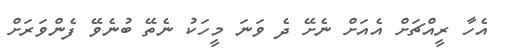
އެހާ ރީއްޗަށް އެއަށް ނެށޭ ދެ ވަނަ މީހަކު ނެތޭ ބުނެވޭ ފެންވަރަށް